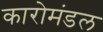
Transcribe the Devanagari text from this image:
कारोमंडल